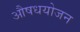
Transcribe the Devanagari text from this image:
औषधयोजन